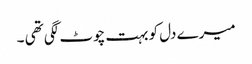
میرے دل کو بہت چوٹ لگی تھی ۔